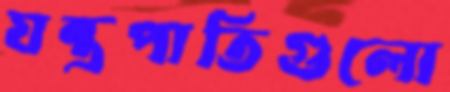
যন্ত্রপাতিগুলো